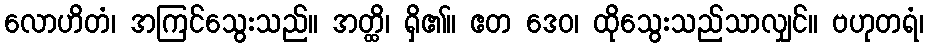
လောဟိတံ၊ အကြင်သွေးသည်။ အတ္ထိ၊ ရှိ၏။ ဧတ ဒေဝ၊ ထိုသွေးသည်သာလျှင်။ ဗဟုတရံ၊